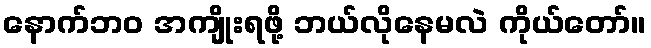
နောက်ဘဝ အကျိုးရဖို့ ဘယ်လိုနေမလဲ ကိုယ်တော်။